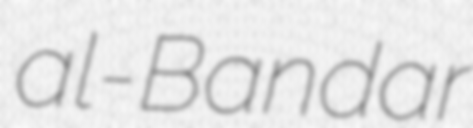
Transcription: al-Bandar